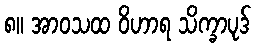
၈။ အာဝသထ ဝိဟာရ သိက္ခာပုဒ်